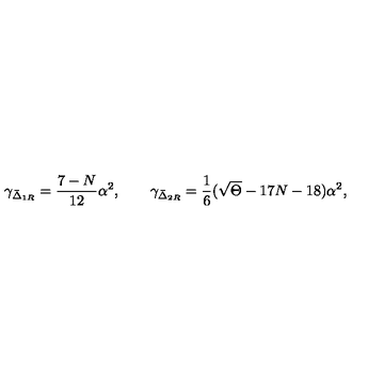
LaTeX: \gamma _ { \bar { \Delta } _ { 1 R } } = \frac { 7 - N } { 1 2 } \alpha ^ { 2 } , \qquad \gamma _ { \bar { \Delta } _ { 2 R } } = \frac { 1 } { 6 } ( \sqrt \Theta - 1 7 N - 1 8 ) \alpha ^ { 2 } ,